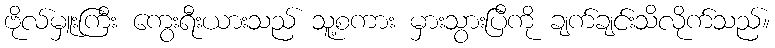
ဗိုလ်မှူးကြီး ကွေးရီးယားသည် သူ့စကား မှားသွားပြီကို ချက်ချင်းသိလိုက်သည်။